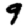
Digit: 9